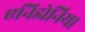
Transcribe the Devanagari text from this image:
एनिडोनिया